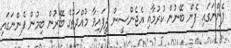
ފެންނަގައި ފެން ބޭނުން ކުރުމާއި އެޖެންސީން ދީފައިވާ މުއްދަތުގެ ބޭރުން ބިމުން ފެންނަގައި